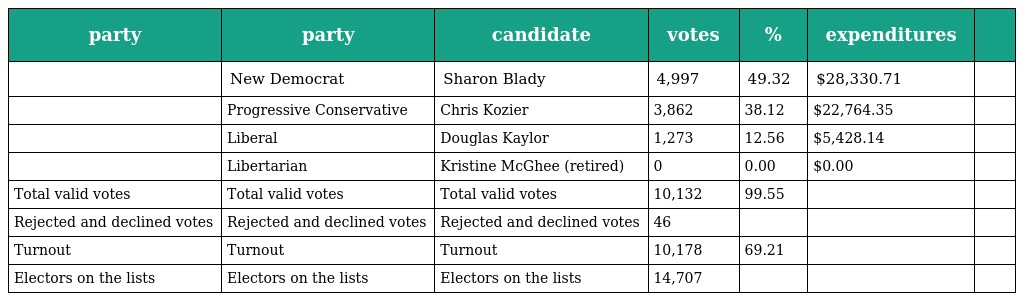
| party | party | candidate | votes | % | expenditures |  |
 | --- | --- | --- | --- | --- | --- | --- |
 |  | New Democrat | Sharon Blady | 4,997 | 49.32 | $28,330.71 |  |
 |  | Progressive Conservative | Chris Kozier | 3,862 | 38.12 | $22,764.35 |  |
 |  | Liberal | Douglas Kaylor | 1,273 | 12.56 | $5,428.14 |  |
 |  | Libertarian | Kristine McGhee (retired) | 0 | 0.00 | $0.00 |  |
 | Total valid votes | Total valid votes | Total valid votes | 10,132 | 99.55 |  |  |
 | Rejected and declined votes | Rejected and declined votes | Rejected and declined votes | 46 |  |  |  |
 | Turnout | Turnout | Turnout | 10,178 | 69.21 |  |  |
 | Electors on the lists | Electors on the lists | Electors on the lists | 14,707 |  |  |  |